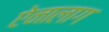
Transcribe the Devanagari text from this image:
ऐनालाग